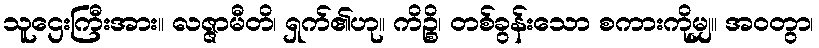
သူဌေးကြီးအား။ လဇ္ဇာမီတိ၊ ရှက်၏ဟု။ ကိဉ္စိ၊ တစ်ခွန်းသော စကားကိုမျှ။ အဝတွာ၊